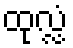
ထုလ္လံ